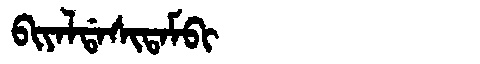
Manchu: ᠪᡳᠶᠠᠯᡩᠠᠰᡳᡨᠠᠮᠪᡳ
Romanization: BIYALDASITAMBI